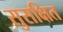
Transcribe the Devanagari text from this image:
सुसक्षित